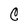
Character: C